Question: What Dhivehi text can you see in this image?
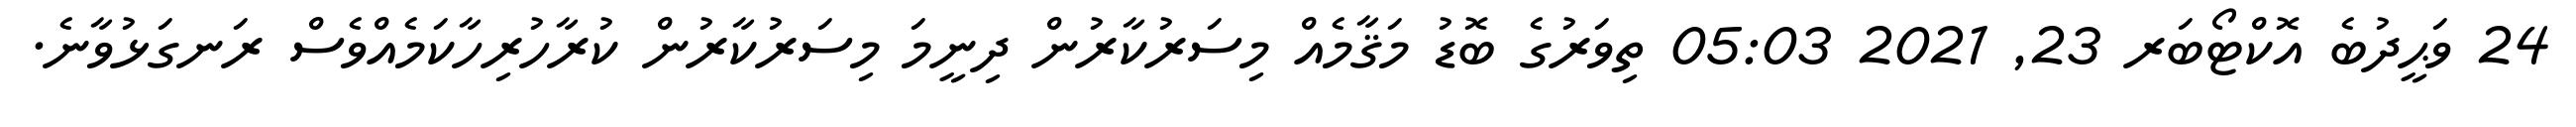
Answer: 24 ވަޙީދުބެ އޮކްޓޯބަރ 23, 2021 05:03 ތިވަރުގެ ބޮޑު މަޤާމެއް މިސަރުކާރުން ދިނީމަ މިސަރުކާރުން ކުރާހުރިހާކަމެއްވެސް ރަނގަޅުވާނެ.